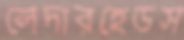
লেদারহেডস